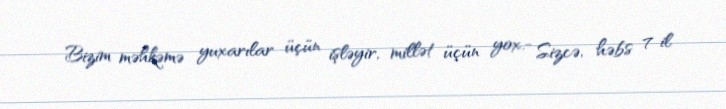
Bizim məhkəmə yuxarılar üçün işləyir, millət üçün yox.- Sizcə, həbs 7 il